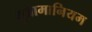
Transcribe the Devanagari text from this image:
सुब्रामानियम